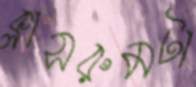
ক্লাসরুমটা